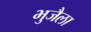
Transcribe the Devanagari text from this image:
भुजैला